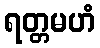
ရတ္တမဟံ